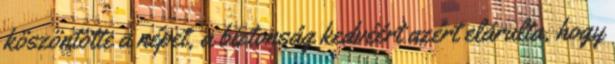
köszöntötte a népet, a biztonság kedvéért azért elárulta, hogy